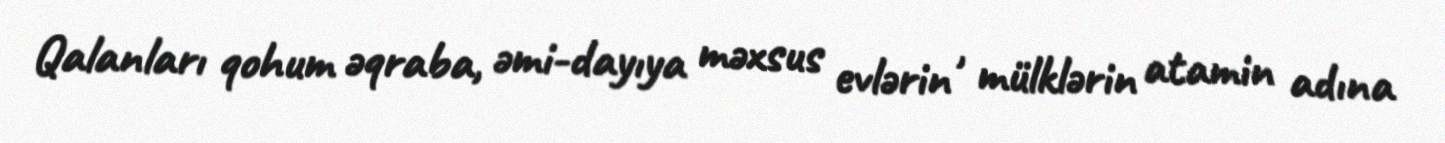
Qalanları qohum əqraba, əmi-dayıya məxsus evlərin , mülklərin atamin adına